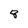
Character: 8